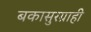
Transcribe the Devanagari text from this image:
बकासुरग्राही